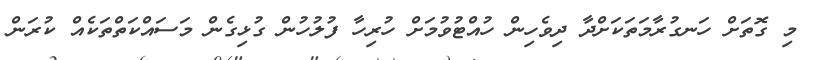
މި ގޮތަށް ހަނގުރާމަތަކަށްދާ ދިވެހިން ހުއްޓުވުމަށް ހުރިހާ ފުލުހުން ގުޅިގެން މަސައްކަތްތަކެއް ކުރަން